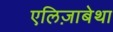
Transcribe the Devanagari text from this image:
एलिज़ाबेथा